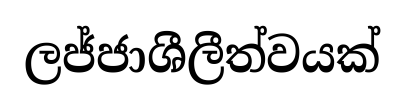
ලජ්ජාශීලීත්වයක්